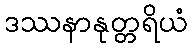
ဒဿနာနုတ္တရိယံ